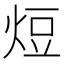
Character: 𭴧